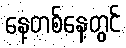
နေ့တစ်နေ့တွင်